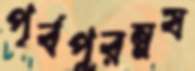
পূর্বপুরম্নষ